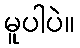
မူပါပဲ။